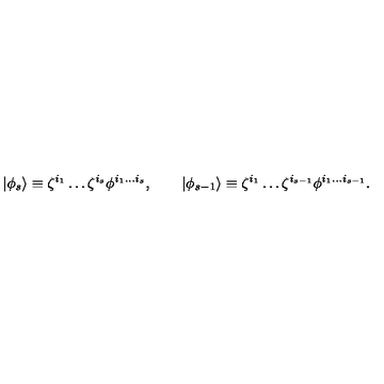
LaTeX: | \phi _ { s } \rangle \equiv \zeta ^ { i _ { 1 } } \ldots \zeta ^ { i _ { s } } \phi ^ { i _ { 1 } \ldots i _ { s } } , \qquad | \phi _ { s - 1 } \rangle \equiv \zeta ^ { i _ { 1 } } \ldots \zeta ^ { i _ { s - 1 } } \phi ^ { i _ { 1 } \ldots i _ { s - 1 } } .